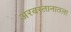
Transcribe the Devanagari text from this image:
अरबस्तानातला